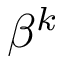
\beta ^ { k }